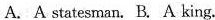
A.A statesman. B.A king.